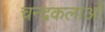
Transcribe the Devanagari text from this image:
चन्द्रकलाओं